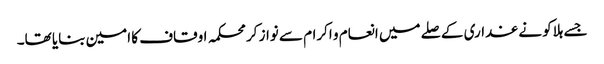
جسے ہلاکو نے غداری کے صلے میں انعام و اکرام سے نواز کر محکمہ اوقاف کا امین بنایا تھا۔